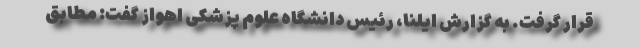
قرار گرفت. به گزارش ایلنا، رئیس دانشگاه علوم پزشکی اهواز گفت: مطابق